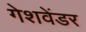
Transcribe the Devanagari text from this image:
गेशवेंडर